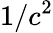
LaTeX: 1/c^{2}